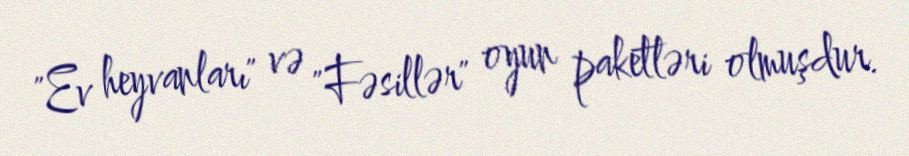
"Ev heyvanları" və "Fəsillər" oyun paketləri olmuşdur.